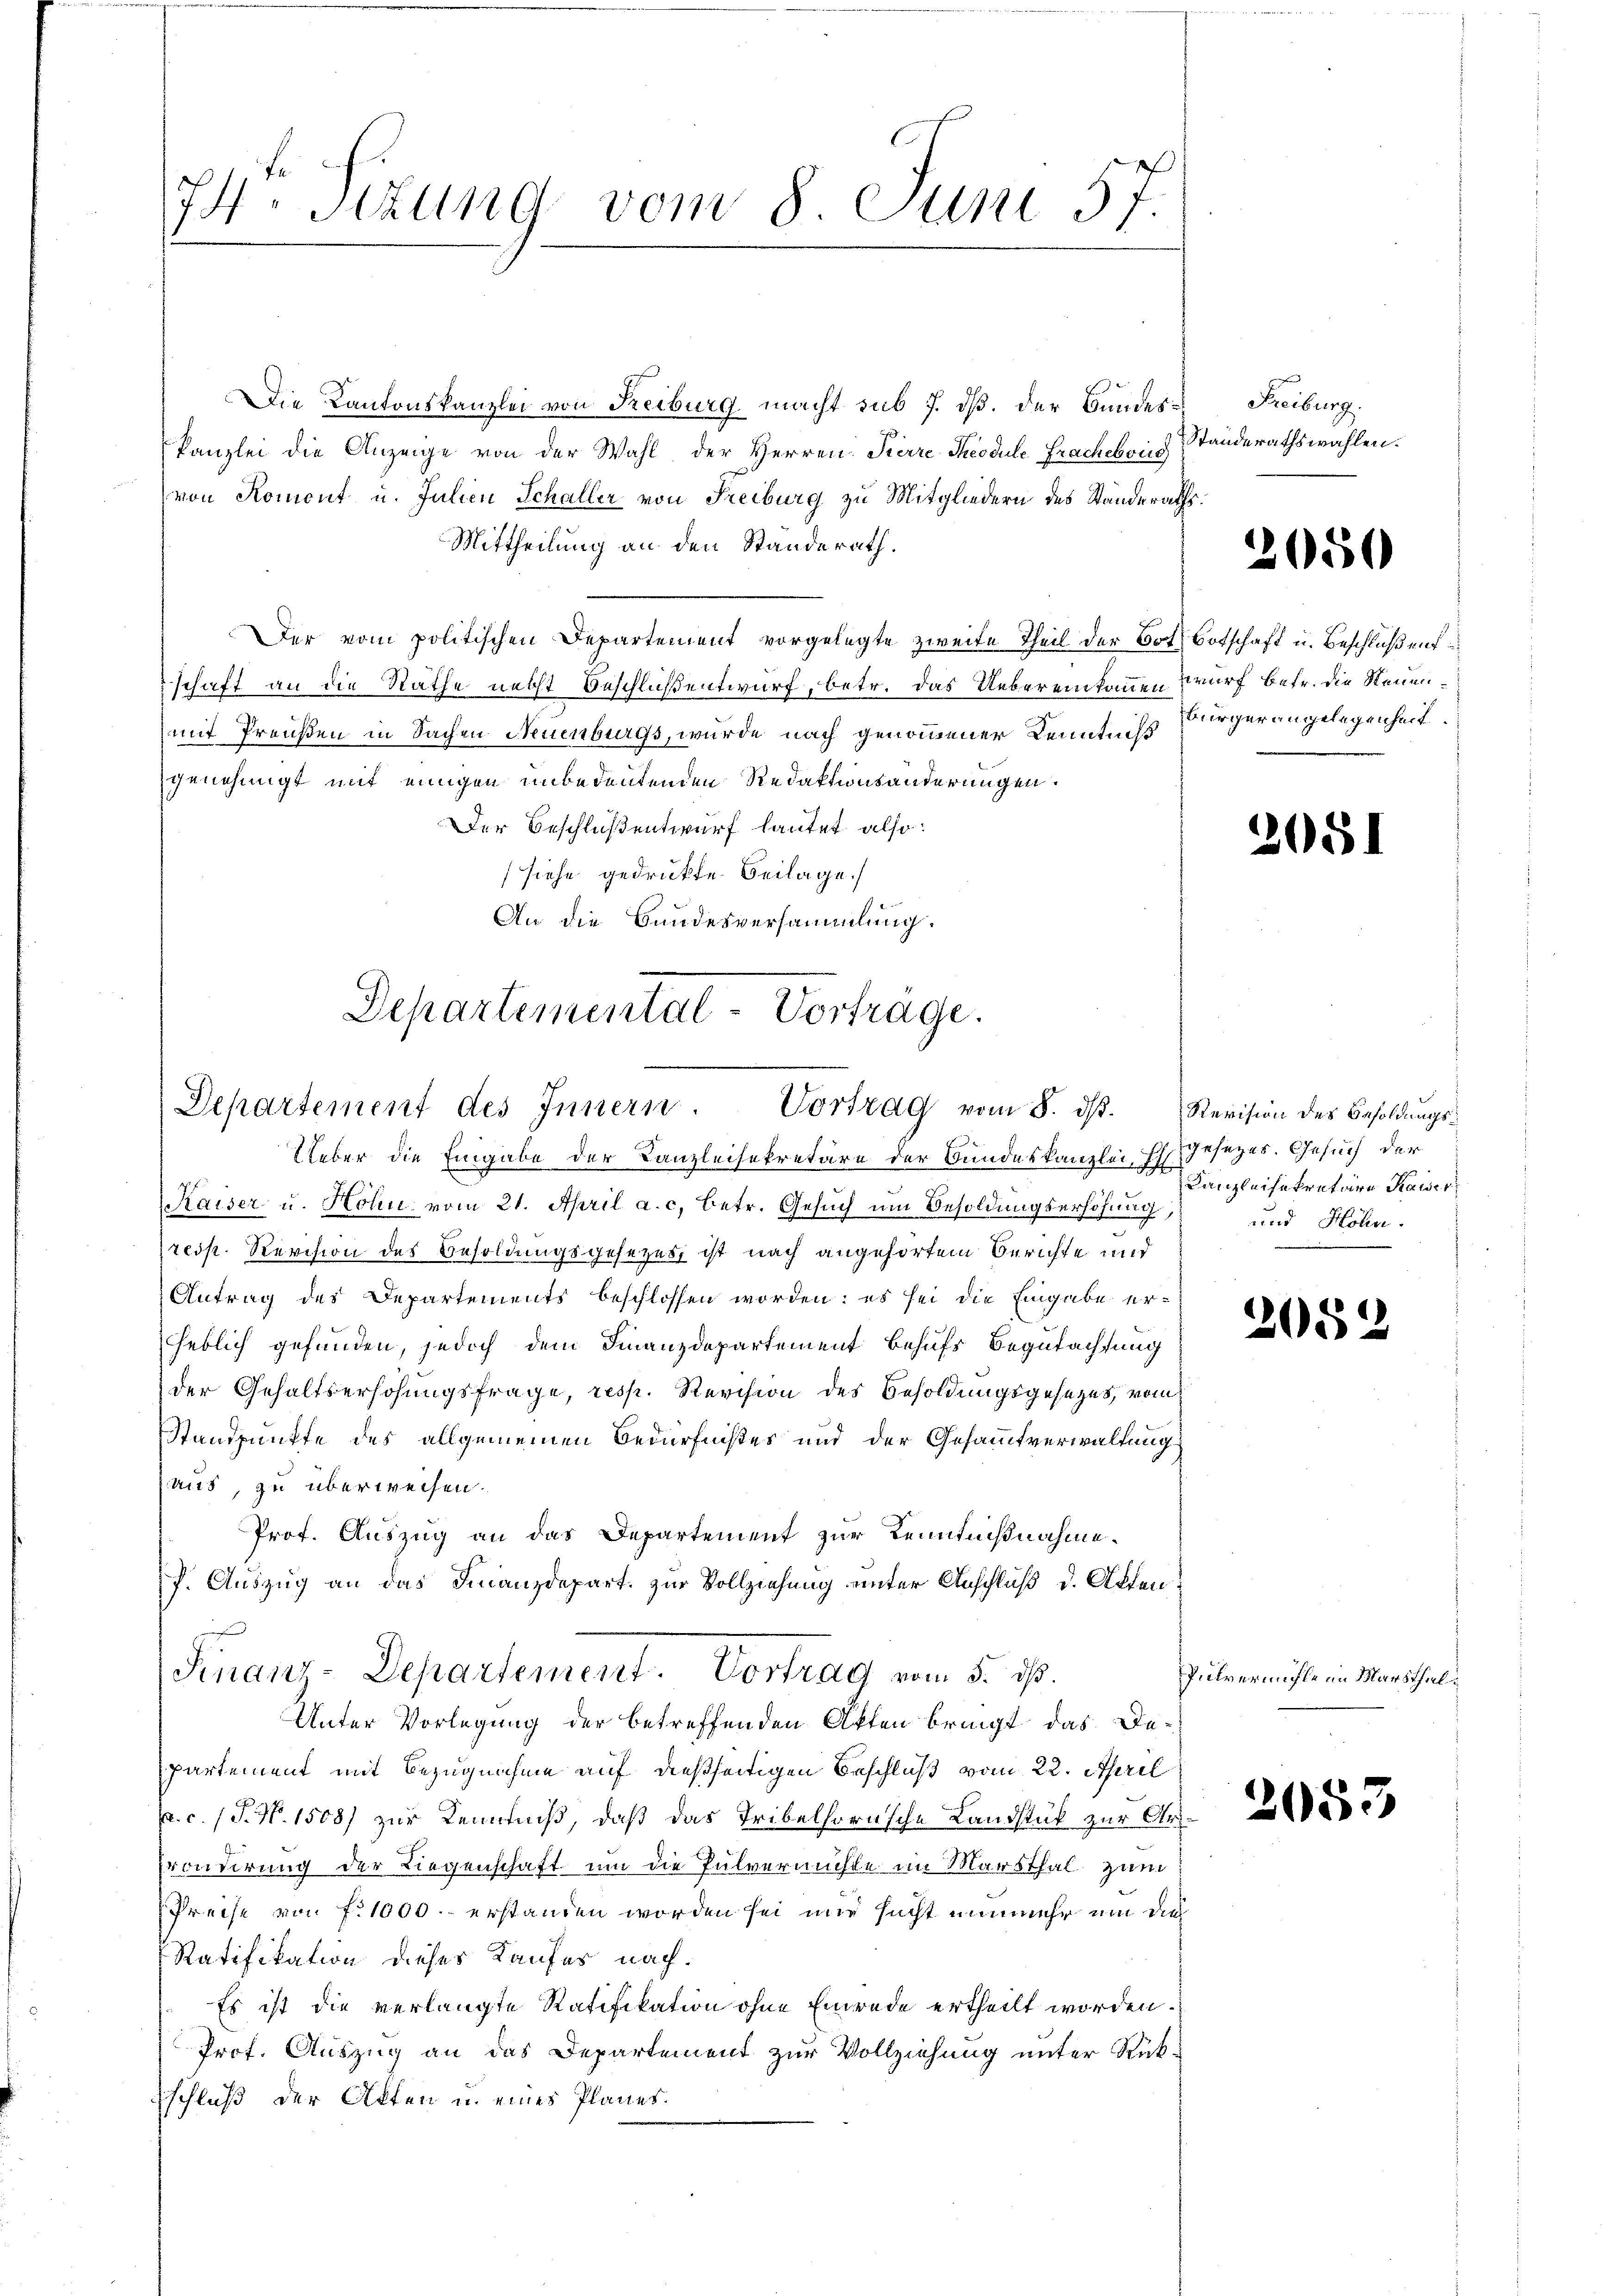
74. Sizung vom 8. Juni 57.

Die Kantonskanzlei von Freiburg macht sub 7. dβ. der Bundeskanzlei die Anzeige von der Wahl der Herren. Sierre Theodule Frachebois
von Romont u. Julien Schaller von Freiburg zu Mitgliedern des Standeraths¬
Mittheilung an den Standerath.
Der vom politischen Departement vorgelegte zweite Theil der Both Botschaft u. Beschloßens
schaft an die Räthe necht Beschluß entwurf, betr. das Uebereinkommen Wurf betr. die Neuenmit Preußen in Sachen Neuenburgs, wurde nach genommener Kenntniss
genehmigt mit einigen unbedeutenden Redaktionsänderungen.
Der Beschlußentwurf lautet also:
siehe gedrukte Beilage.
An die Bundesversammlung.

Departemental-Vorträge.

Departement des Innern. Vortrag vom 8. ds. Revision des Besoldungs¬
Ueber die Eingabe der Kanzleisekretäre der Bundeskanzlei, ich gesezes. Gesuch der

aiser u. Hohn vom 21. April a. c. betr. Gesuch um Besoldungserhöhung, und Höhn¬
resp. Revision des Besoldungsgesezes ist nach angehörtem Berichte und
Antrag des Departements beschlossen worden: es sei die Eingabe erheblich gefunden, jedoch dem Finanzdepartement Behufs Begutachtung
der Gehaltserhöhungsfrage, resp. Revision des Besoldungsgesetzes, vom
Standpunkte des allgemeinen Bedürfnißes und der Gesammtverwaltung
aus, zu überweisen.
Prof. Auszug an das Departement zur Kenntnißnahme.
f. Auszug an das Finanzdepart. zur Vollziehung einter Anschluß d. Akten¬
Finanz-Departement. Vortrag vom 5. d.
Unter Vorlegung der betreffenden Akten bringt das Departement mit Bezugnahme auf dießseitigen Beschluß vom 22. April
p. c. (T. N. 1508) zur Kenntniß, daß das Tribelhornsche Landstück zur Ar¬
Eronderung der Liegenschaft um die Pulvermühle im Marsthal zum
Preise von f. 1000.- erstanden worden sei mir sucht nunmehr um dies
Ratifikation dieses Kaufes nach.
Es ist die verlangte Ratifikation ohne Einrede ertheilt worden.
Prof. Auszug an das Departement zur Vollziehung unter Rück-
schluß der Akten in eines Planes.

Freiburg.
Standerathswahlen.

2650

Bürger angelegenheit.

2051

Kanzleisekretäre Kaiser

2052

Pulvermühle im Marsthal

2053